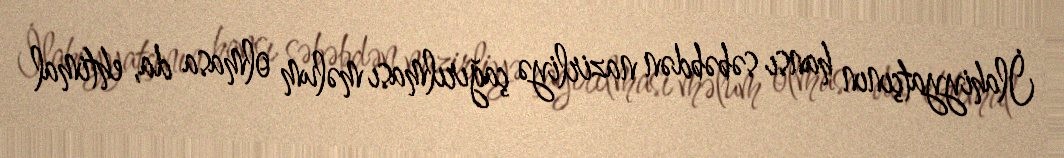
İlahiyyatçının hansı səbəbdən nazirliyə çağırılması məlum olmasa da, ehtimal